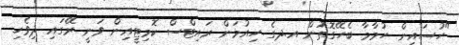
"ހުސައިން ހުމާމާ ބެހޭގޮތުން އ.ދގެ ހިއުމަން ރައިޓްސް ކޮމިޓީއިން ވަނީ ރޭގައި ދިވެހި